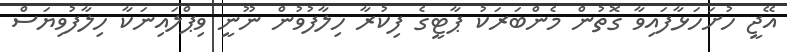
އޭޖީ ހުށަހަޅާފައިވާ ގޮތުން މެންބަރަކު ޕާޓީގެ ފިކުރާ ހިލާފުވުން ނޫނީ ވިޕްލައިނަކާ ހިލާފުވިޔަސް